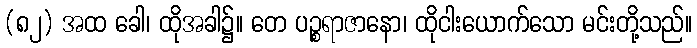
(၈၂) အထ ခေါ၊ ထိုအခါ၌။ တေ ပဉ္စရာဇာနော၊ ထိုငါးယောက်သော မင်းတို့သည်။